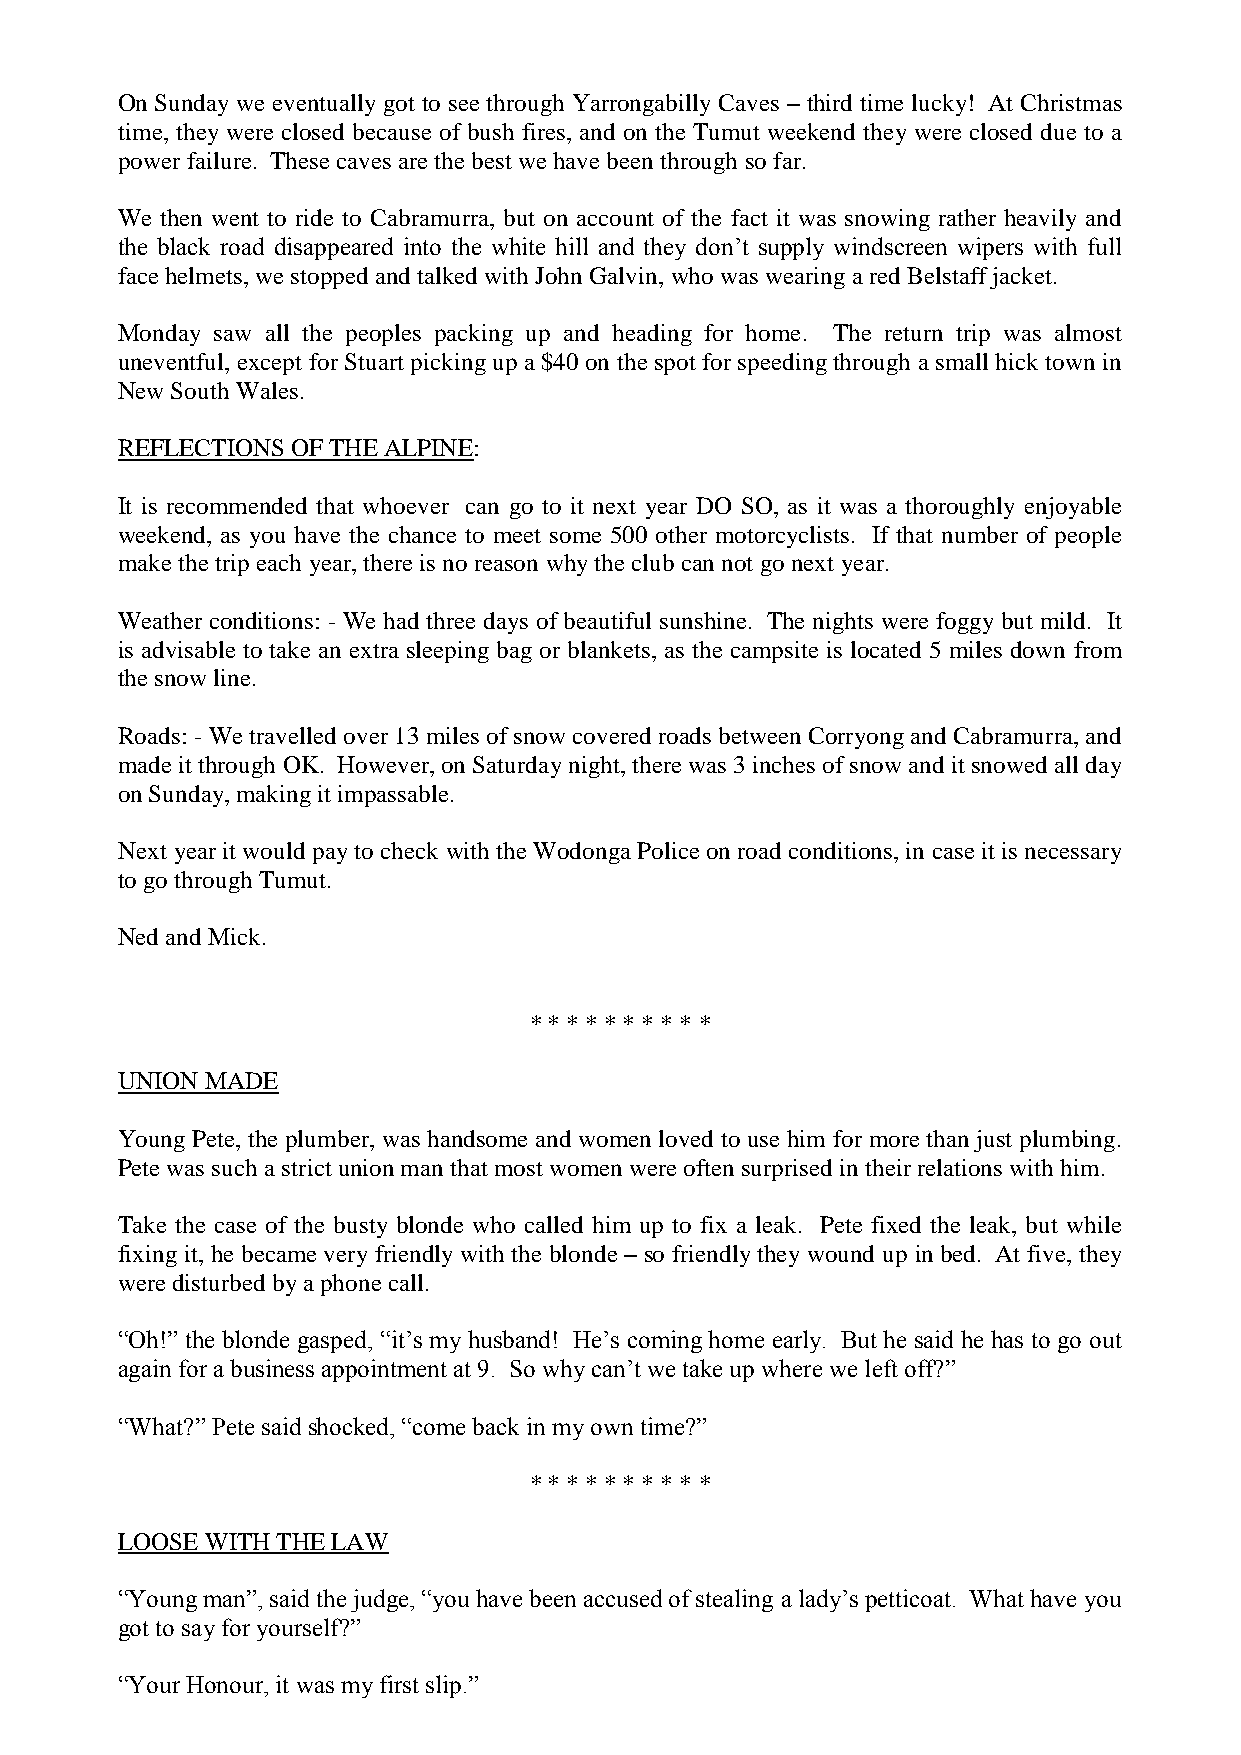
On Sunday we eventually got to see through Yarrongabilly Caves – third time lucky! At Christmas
 time, they were closed because of bush fires, and on the Tumut weekend they were closed due to a
 power failure. These caves are the best we have been through so far.
 We then went to ride to Cabramurra, but on account of the fact it was snowing rather heavily and
 the black road disappeared into the white hill and they don’t supply windscreen wipers with full
 face helmets, we stopped and talked with John Galvin, who was wearing a red Belstaff jacket.
 Monday saw all the peoples packing up and heading for home. The return trip was almost
 uneventful, except for Stuart picking up a $40 on the spot for speeding through a small hick town in
 New South Wales.
 REFLECTIONS OF THE ALPINE:
 It is recommended that whoever can go to it next year DO SO, as it was a thoroughly enjoyable
 weekend, as you have the chance to meet some 500 other motorcyclists. If that number of people
 make the trip each year, there is no reason why the club can not go next year.
 Weather conditions: - We had three days of beautiful sunshine. The nights were foggy but mild. It
 is advisable to take an extra sleeping bag or blankets, as the campsite is located 5 miles down from
 the snow line.
 Roads: - We travelled over 13 miles of snow covered roads between Corryong and Cabramurra, and
 made it through OK. However, on Saturday night, there was 3 inches of snow and it snowed all day
 on Sunday, making it impassable.
 Next year it would pay to check with the Wodonga Police on road conditions, in case it is necessary
 to go through Tumut.
 Ned and Mick.
 * * * * * * * * * *
 UNION MADE
 Young Pete, the plumber, was handsome and women loved to use him for more than just plumbing.
 Pete was such a strict union man that most women were often surprised in their relations with him.
 Take the case of the busty blonde who called him up to fix a leak. Pete fixed the leak, but while
 fixing it, he became very friendly with the blonde – so friendly they wound up in bed. At five, they
 were disturbed by a phone call.
 “Oh!” the blonde gasped, “it’s my husband! He’s coming home early. But he said he has to go out
 again for a business appointment at 9. So why can’t we take up where we left off?”
 “What?” Pete said shocked, “come back in my own time?”
 * * * * * * * * * *
 LOOSE WITH THE LAW
 “Young man”, said the judge, “you have been accused of stealing a lady’s petticoat. What have you
 got to say for yourself?”
 “Your Honour, it was my first slip.”